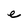
Character: e